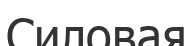
Силовая